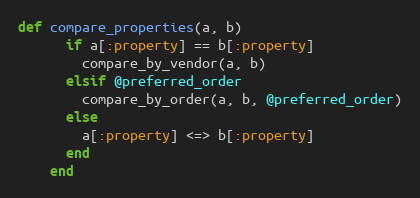
Language: Ruby
def compare_properties(a, b)
      if a[:property] == b[:property]
        compare_by_vendor(a, b)
      elsif @preferred_order
        compare_by_order(a, b, @preferred_order)
      else
        a[:property] <=> b[:property]
      end
    end